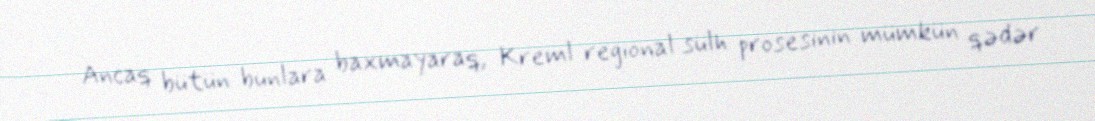
Ancaq bütün bunlara baxmayaraq, Kreml regional sülh prosesinin mümkün qədər